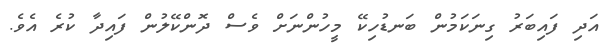
އަދި ފައިބަރު ގިނަކަމުން ބަނޑުހިކޭ މީހުންނަށް ވެސް ދޮންކޭލުން ފައިދާ ކުރެ އެވެ.